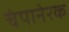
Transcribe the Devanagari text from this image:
चंपानेरक